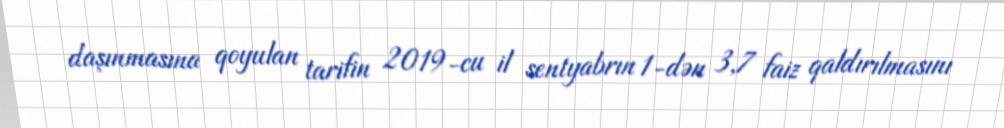
daşınmasına qoyulan tarifin 2019-cu il sentyabrın 1-dən 3,7 faiz qaldırılmasını